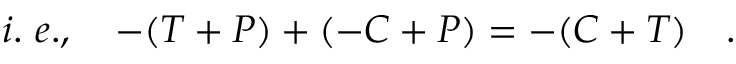
i . ~ e . , ~ ~ ~ - ( T + P ) + ( - C + P ) = - ( C + T ) ~ ~ ~ .